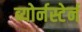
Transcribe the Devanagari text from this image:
ब्योर्नस्टेर्न